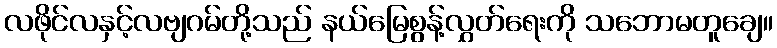
လဖိုင်လနှင့်လဗျဂမ်တို့သည် နယ်မြေစွန့်လွှတ်ရေးကို သဘောမတူချေ။